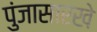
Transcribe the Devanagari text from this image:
पुंजासारखे